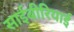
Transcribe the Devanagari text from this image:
साईबीरियाई